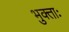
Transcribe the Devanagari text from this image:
भुक्ताः